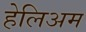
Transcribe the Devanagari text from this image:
हेलिअम